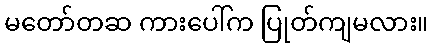
မတော်တဆ ကားပေါ်က ပြုတ်ကျမလား။